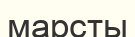
марсты